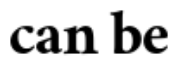
can be